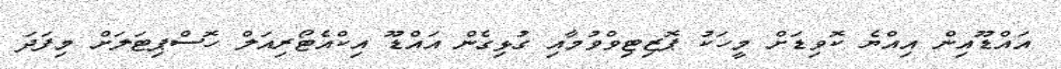
އައްޑޫއިން އިއްޔެ ކޮވިޑަށް މީހަކު ޕޮޒިޓިވްވުމާއި ގުޅިގެން އައްޑޫ އިކްއެޓޯރިއަލް ހޮސްޕިޓަލަށް މިފަދަ